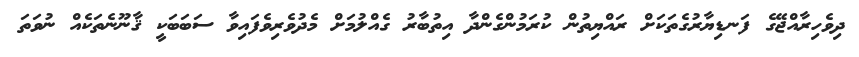
ދިވެހިރާއްޖޭގެ ފަނޑިޔާރުގެތަކަށް ރައްޔިތުން ކުރަމުންގެންދާ އިތުބާރު ގެއްލުމަށް މެދުވެރިވެފައިވާ ސަބަބަކީ ޤާނޫނެތަކެއް ނުވަތަ